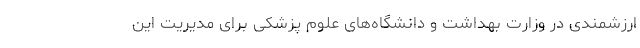
ارزشمندی در وزارت بهداشت و دانشگاه‌های علوم پزشکی برای مدیریت این